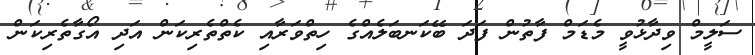
ސަލީމް ވިދާޅުވީ މެޑަމް ފާތުން ފަދަ ބޭކަނބަލެއްގެ ހިތްވަރާއި ކެތްތެރިކަން އަދި އޯގާތެރިކަން